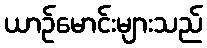
ယာဉ်မောင်းများသည်